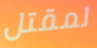
لمقتل